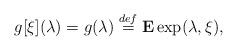
LaTeX: \begin{align*} g[\xi](\lambda) = g(\lambda) \stackrel{def}{=} {\bf E} \exp(\lambda,\xi),\end{align*}